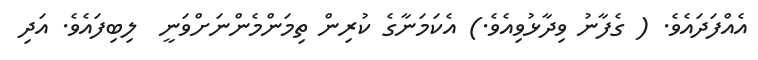
އެއްފަދައެވެ. ( ގެފާނު ވިދާޅުވިއެވެ.) އެކަމަނާގެ ކުރިން ތިމަންމެންނަށްވަނީ  ލިބިފައެވެ. އަދި